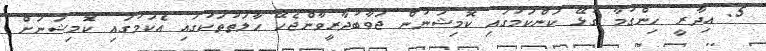
5. އިދާރީ ހިންގުމާ ގުޅޭ ކަންކަމުގައި ކޮމިޝަނުން ޖަވާބުދާރީވާންޖެހޭ ޙާލަތުތަކުގައި އެކަމުގައި ކޮމިޝަނަށް